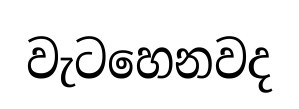
වැටහෙනවද